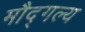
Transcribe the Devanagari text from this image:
मौद्गल्य